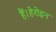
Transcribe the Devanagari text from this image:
हैं।हेरोइन